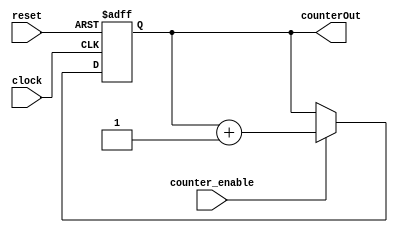
`timescale 1 ps / 1 ps
module Counter(clock, reset, counter_enable, counterOut);
//input
	input clock ;
	input reset ;
	input counter_enable ;
//output
	output reg [15:0] counterOut ;

	//reg [15:0] counterOut ;
	

	always @ (posedge clock or posedge reset)
	begin
		if (reset == 1'b1) begin
			counterOut <= 16'h0000;
		end

		else if (counter_enable == 1'b1) begin
			counterOut <=  counterOut + 1;
		end
	end
endmodule